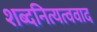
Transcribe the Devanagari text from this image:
शब्दनित्यत्ववाद